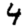
Digit: 4